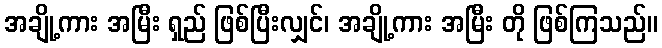
အချို့ကား အမြီး ရှည် ဖြစ်ပြီးလျှင်၊ အချို့ကား အမြီး တို ဖြစ်ကြသည်။